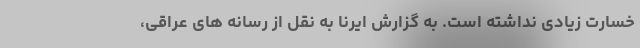
خسارت زیادی نداشته است. به گزارش ایرنا به نقل از رسانه های عراقی،